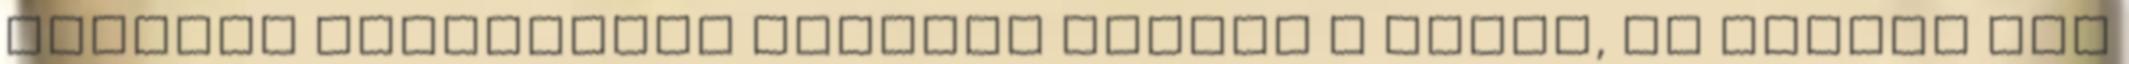
mélyben felhevítem közepes lángon a zsírt, és amikor már